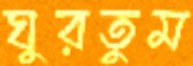
ঘুরতুম